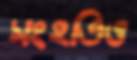
সংহতিও